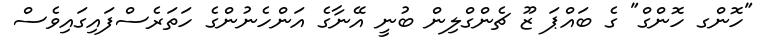
"ހޮންގ ހޮންގް" ގެ ބައްޕަ ޒޫ ޗެންގްލިން ބުނީ އޭނާގެ އަންހެނުންގެ ހަތަރެސްފައިގައިވެސް